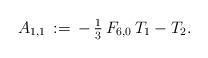
LaTeX: \begin{align*}A_{1,1}\,:=\,-\,\tfrac{1}{3}\,F_{6,0}\,T_1-T_2.\end{align*}